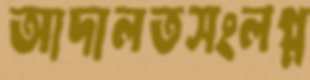
আদালতসংলগ্ন